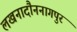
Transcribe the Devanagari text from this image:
लखनादौननागपुर